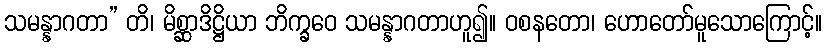
သမန္နာဂတာ” တိ၊ မိစ္ဆာဒိဋ္ဌိယာ ဘိက္ခဝေ သမန္နာဂတာဟူ၍။ ဝစနတော၊ ဟောတော်မူသောကြောင့်။